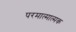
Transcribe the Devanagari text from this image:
परमात्मात्मक